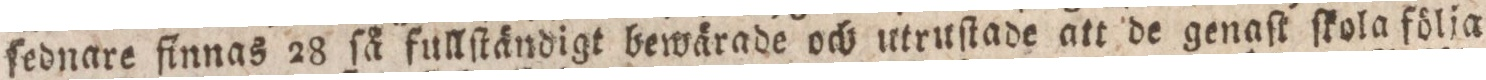
ſednare finnas 28 ſå fullſtändigt bewärade och utruſtade att de genaſt ſkola fölia